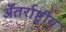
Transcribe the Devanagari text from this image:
अँतर्राष्ट्रीय